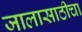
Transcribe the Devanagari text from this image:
जालासाठीचा